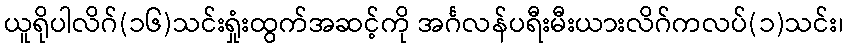
ယူရိုပါလိဂ်(၁၆)သင်းရှုံးထွက်အဆင့်ကို အင်္ဂလန်ပရီးမီးယားလိဂ်ကလပ်(၁)သင်း၊